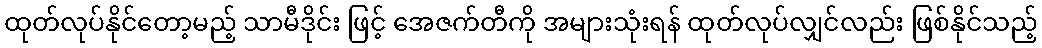
ထုတ်လုပ်နိုင်တော့မည့် သာမီဒိုင်း ဖြင့် အေဇက်တီကို အများသုံးရန် ထုတ်လုပ်လျှင်လည်း ဖြစ်နိုင်သည့်